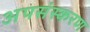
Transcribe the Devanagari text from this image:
अपसंस्करण